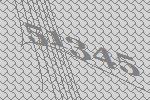
51345